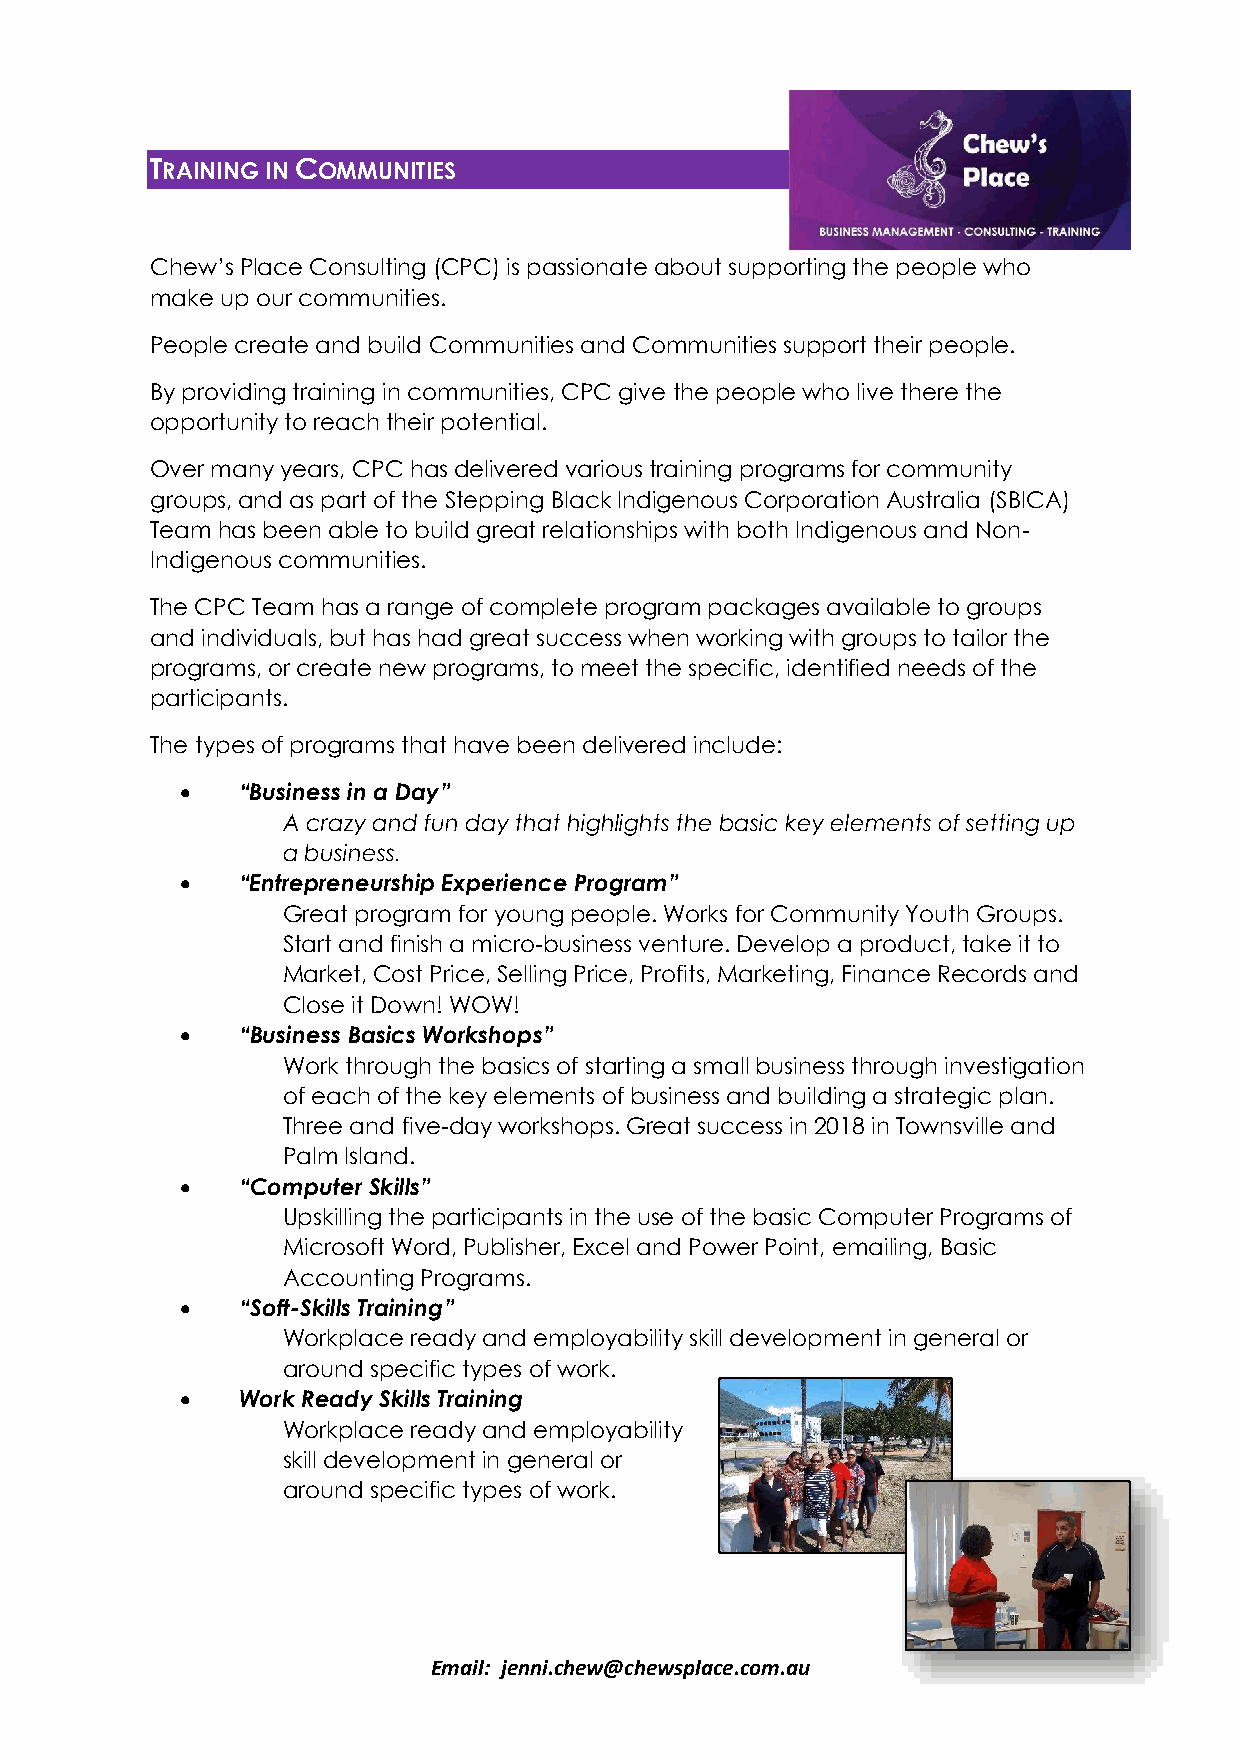
TRAINING IN COMMUNITIES
 Chew’s Place Consulting (CPC) is passionate about supporting the people who
 make up our communities.
 People create and build Communities and Communities support their people.
 By providing training in communities, CPC give the people who live there the
 opportunity to reach their potential.
 Over many years, CPC has delivered various training programs for community
 groups, and as part of the Stepping Black Indigenous Corporation Australia (SBICA)
 Team has been able to build great relationships with both Indigenous and Non-
 Indigenous communities.
 The CPC Team has a range of complete program packages available to groups
 and individuals, but has had great success when working with groups to tailor the
 programs, or create new programs, to meet the specific, identified needs of the
 participants.
 The types of programs that have been delivered include:
 •   “Business in a Day”
 A crazy and fun day that highlights the basic key elements of setting up
 a business.
 •   “Entrepreneurship Experience Program”
 Great program for young people. Works for Community Youth Groups.
 Start and finish a micro-business venture. Develop a product, take it to
 Market, Cost Price, Selling Price, Profits, Marketing, Finance Records and
 Close it Down! WOW!
 •   “Business Basics Workshops”
 Work through the basics of starting a small business through investigation
 of each of the key elements of business and building a strategic plan.
 Three and five-day workshops. Great success in 2018 in Townsville and
 Palm Island.
 •   “Computer Skills”
 Upskilling the participants in the use of the basic Computer Programs of
 Microsoft Word, Publisher, Excel and Power Point, emailing, Basic
 Accounting Programs.
 •   “Soft-Skills Training”
 Workplace ready and employability skill development in general or
 around specific types of work.
 •   Work Ready Skills Training
 Workplace ready and employability
 skill development in general or
 around specific types of work.
 Email: jenni.chew@chewsplace.com.au